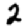
Digit: 2